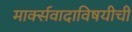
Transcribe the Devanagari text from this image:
मार्क्सवादाविषयीची